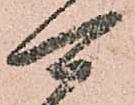
可